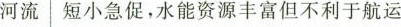
河流 短小急促，水能资源丰富但不利于运航